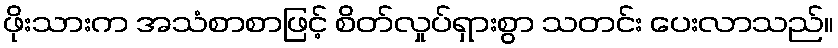
ဖိုးသားက အသံစာစာဖြင့် စိတ်လှုပ်ရှားစွာ သတင်း ပေးလာသည်။